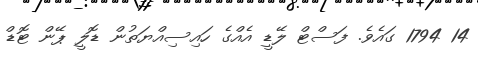
14 1794 ގައެވެ. ފަސްޓް ލޭޑީ އެއްގެ ހައިސިއްޔަތުން ޑޮލީ ޕޭން ޓޮޑް